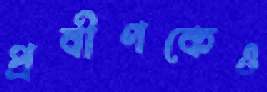
প্রবীণকেও